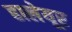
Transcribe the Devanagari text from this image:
हालेयूर